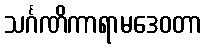
သင်္ဂဏိကာရာမဒေဝတာ